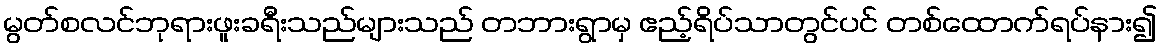
မွတ်စလင်ဘုရားဖူးခရီးသည်များသည် တဘားရွာမှ ဧည့်ရိပ်သာတွင်ပင် တစ်ထောက်ရပ်နား၍